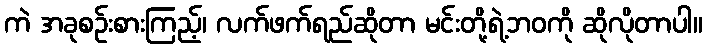
ကဲ အခုစဉ်းစားကြည့်၊ လက်ဖက်ရည်ဆိုတာ မင်းတို့ရဲ့ဘဝကို ဆိုလိုတာပါ။